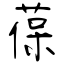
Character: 葆